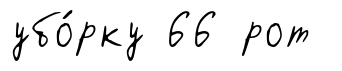
убо́рку 66 рот